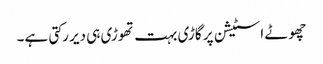
چھوٹے اسٹیشن پر گاڑی بہت تھوڑی ہی دیر رکتی ہے۔